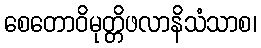
စေတောဝိမုတ္တိဖလာနိသံသာစ၊